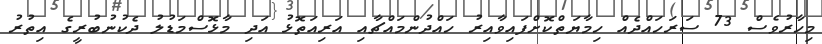
މިހާރުވެސް 73 ސަރަހައްދެއް ހިމާޔަތްކޮށްފައިވާއިރު ހައްދުންމައްޗާއި އަރިއަތޮޅު އަދި މާޅޮސްމަޑުލު ދެކުނުބުރީގެ އިތުރު